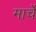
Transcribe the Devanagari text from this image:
मार्चे